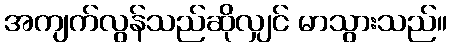
အကျက်လွန်သည်ဆိုလျှင် မာသွားသည်။